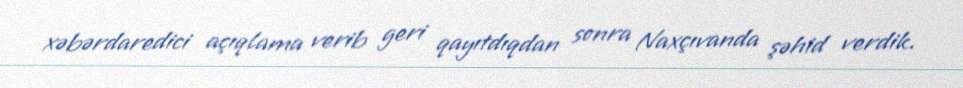
xəbərdaredici açıqlama verib geri qayıtdıqdan sonra Naxçıvanda şəhid verdik.